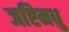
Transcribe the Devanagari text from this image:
जष्टिमधु